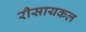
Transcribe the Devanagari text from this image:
रीसायकल